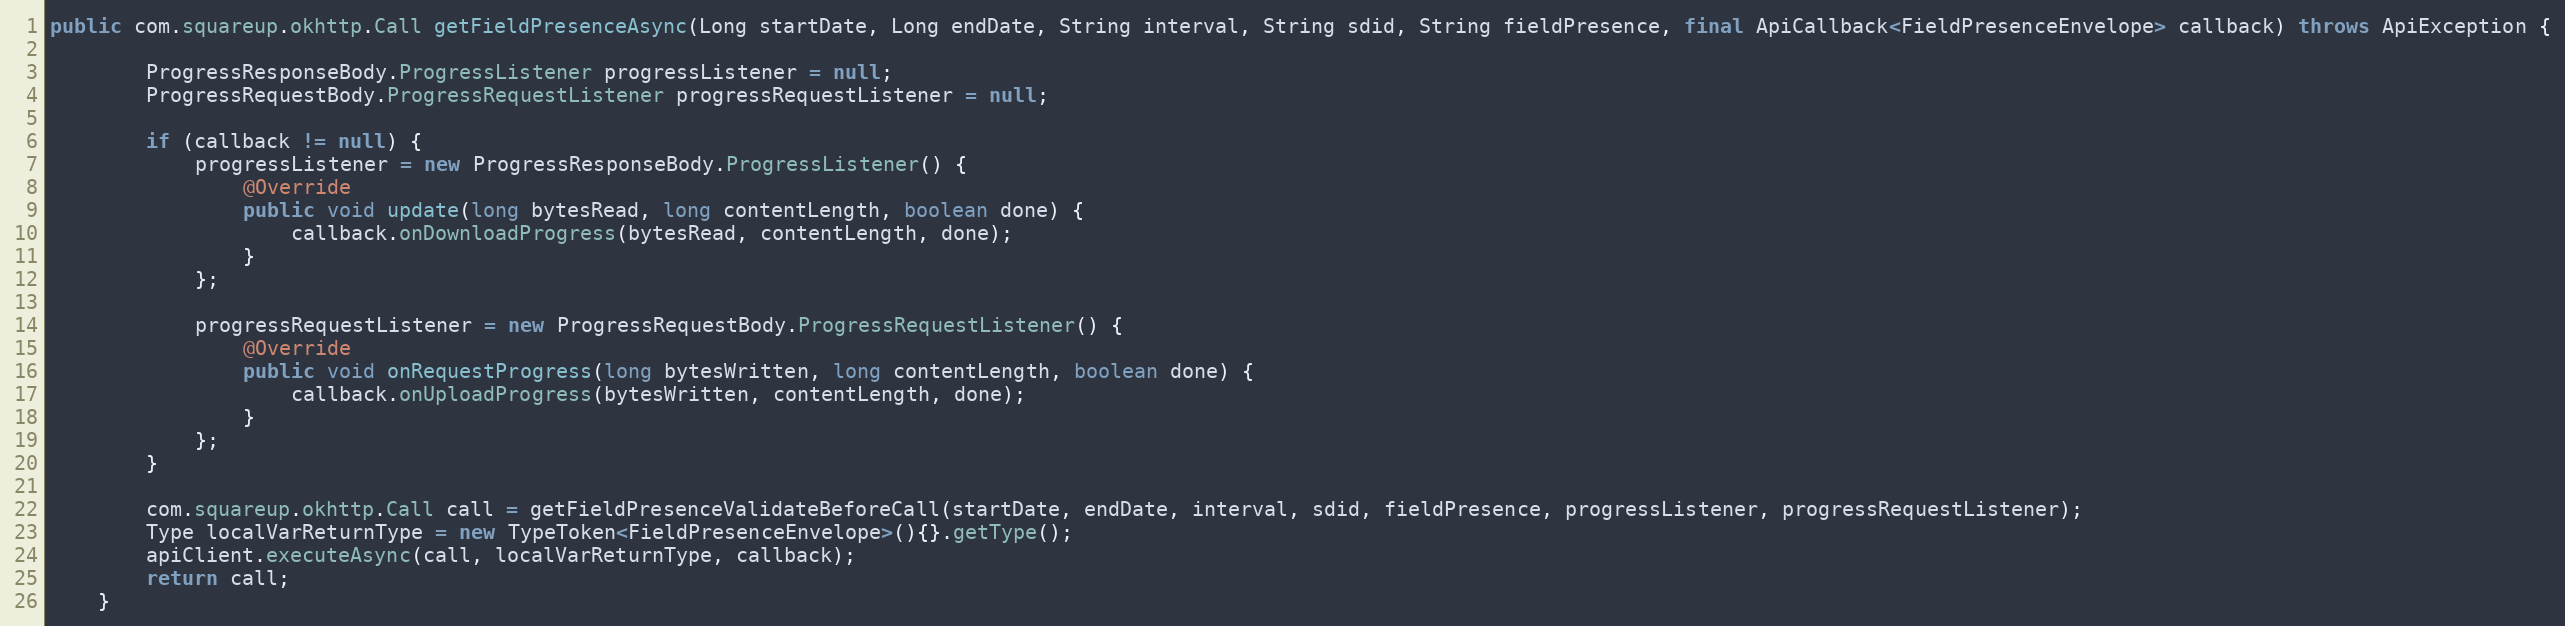
Language: Java
public com.squareup.okhttp.Call getFieldPresenceAsync(Long startDate, Long endDate, String interval, String sdid, String fieldPresence, final ApiCallback<FieldPresenceEnvelope> callback) throws ApiException {

        ProgressResponseBody.ProgressListener progressListener = null;
        ProgressRequestBody.ProgressRequestListener progressRequestListener = null;

        if (callback != null) {
            progressListener = new ProgressResponseBody.ProgressListener() {
                @Override
                public void update(long bytesRead, long contentLength, boolean done) {
                    callback.onDownloadProgress(bytesRead, contentLength, done);
                }
            };

            progressRequestListener = new ProgressRequestBody.ProgressRequestListener() {
                @Override
                public void onRequestProgress(long bytesWritten, long contentLength, boolean done) {
                    callback.onUploadProgress(bytesWritten, contentLength, done);
                }
            };
        }

        com.squareup.okhttp.Call call = getFieldPresenceValidateBeforeCall(startDate, endDate, interval, sdid, fieldPresence, progressListener, progressRequestListener);
        Type localVarReturnType = new TypeToken<FieldPresenceEnvelope>(){}.getType();
        apiClient.executeAsync(call, localVarReturnType, callback);
        return call;
    }